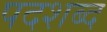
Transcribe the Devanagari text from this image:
पदशब्द